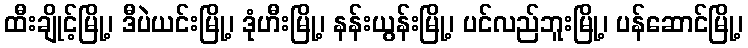
ထီးချိုင့်မြို့၊ ဒီပဲယင်းမြို့၊ ဒုံဟီးမြို့၊ နန်းယွန်းမြို့၊ ပင်လည်ဘူးမြို့၊ ပန်ဆောင်မြို့၊